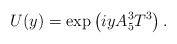
\begin{align*}U(y) = \exp \left( i y A_5^3 T^3 \right).\end{align*}